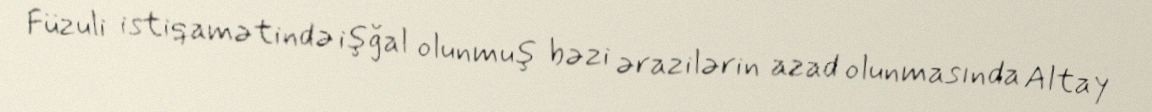
Füzuli istiqamətində işğal olunmuş bəzi ərazilərin azad olunmasında Altay